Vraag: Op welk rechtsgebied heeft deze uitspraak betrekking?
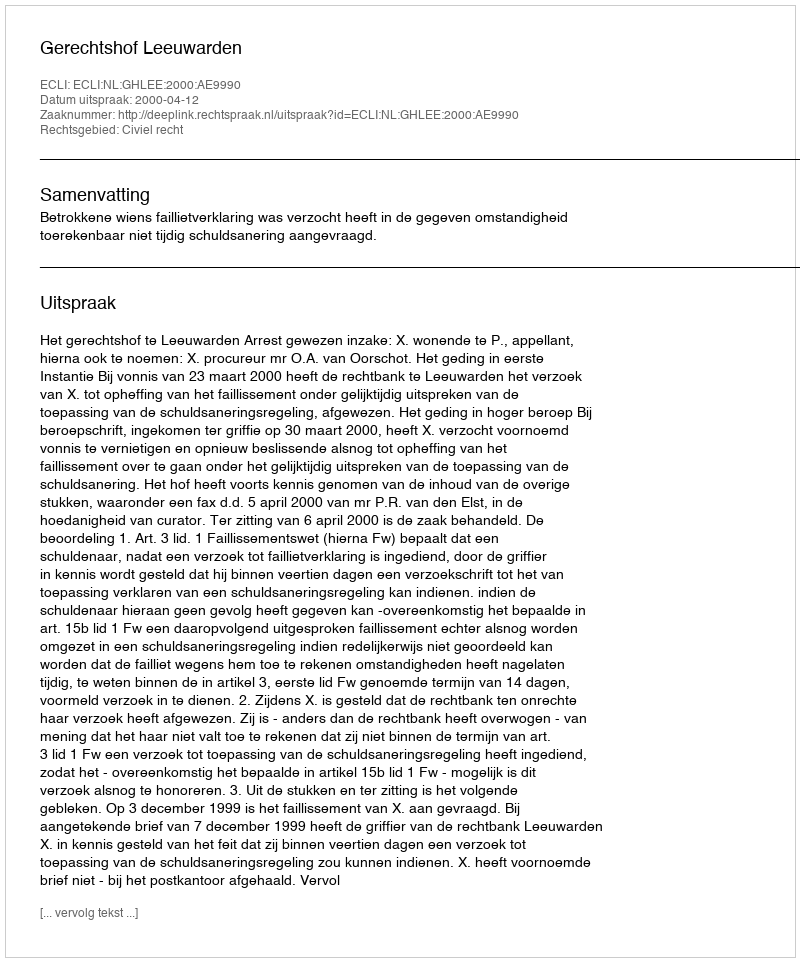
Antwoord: Civiel recht